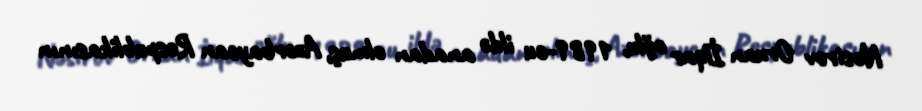
Nəsirov Orxan İlqar oğlu, 1989-cu ildə anadan olmuş, Azərbaycan Respublikasının